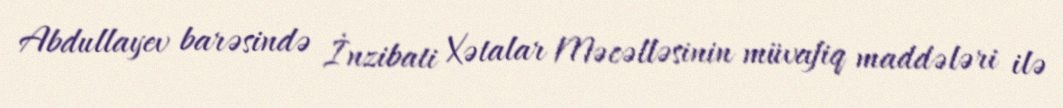
Abdullayev barəsində İnzibati Xətalar Məcəlləsinin müvafiq maddələri ilə